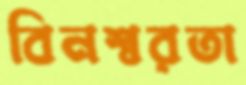
বিনশ্বরতা